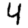
Digit: 4